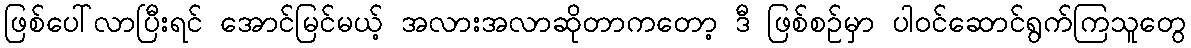
ဖြစ်ပေါ်လာပြီးရင် အောင်မြင်မယ့် အလားအလာဆိုတာကတော့ ဒီ ဖြစ်စဉ်မှာ ပါဝင်ဆောင်ရွက်ကြသူတွေ